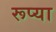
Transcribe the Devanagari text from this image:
रूप्या